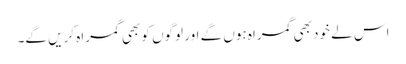
اس لے خود بھی گمراہ ہوں گے اور لوگوں کو بھی گمراہ کریں گے۔